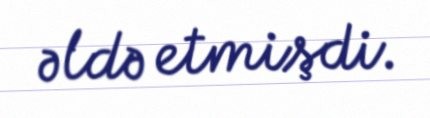
əldə etmişdi.